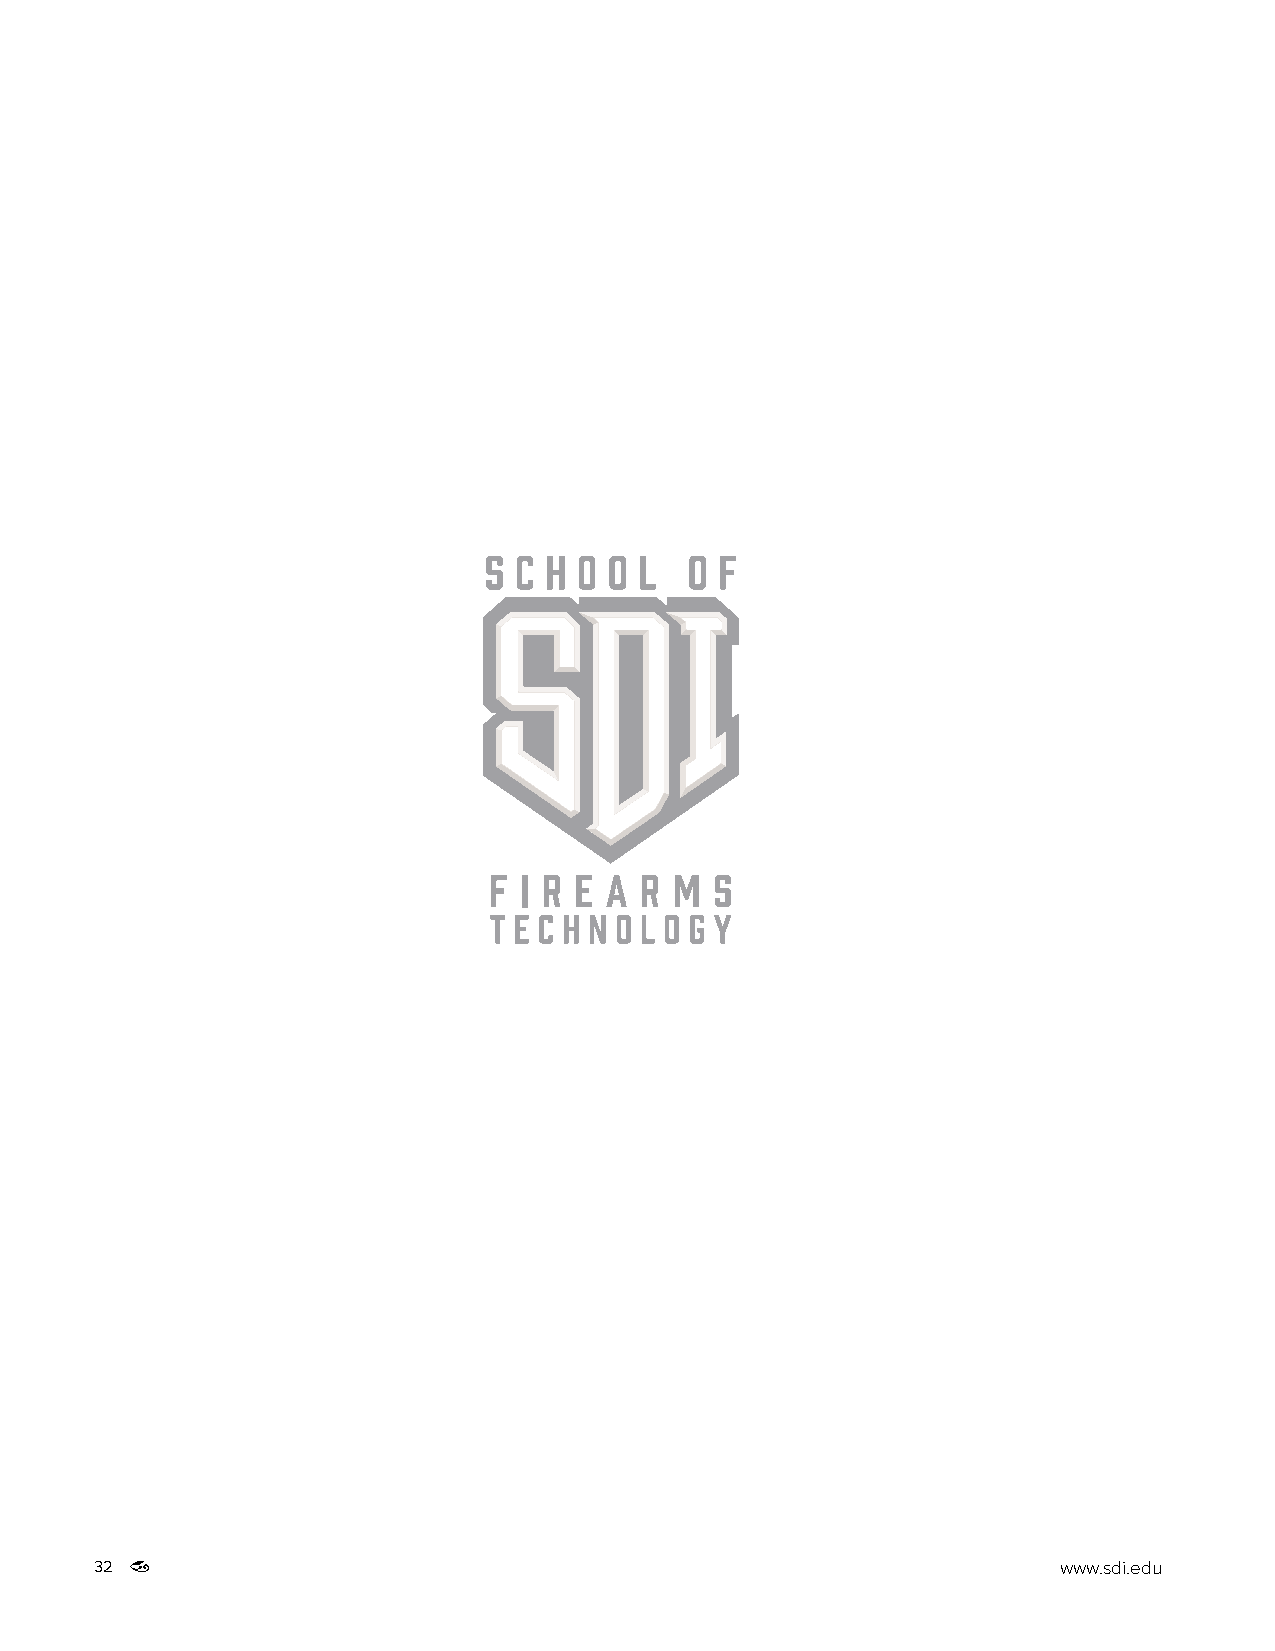
32                                                              www.sdi.edu